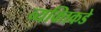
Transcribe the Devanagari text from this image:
व्यक्तिकडे